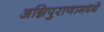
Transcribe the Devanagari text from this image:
अग्निपुराणामध्ये